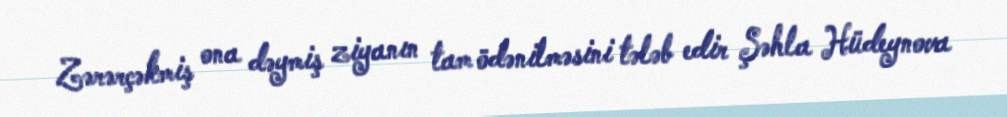
Zərərçəkmiş ona dəymiş ziyanın tam ödənilməsini tələb edir Şəhla Hüdeynova